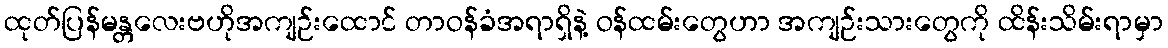
ထုတ်ပြန်မန္တလေးဗဟိုအကျဉ်းထောင် တာဝန်ခံအရာရှိနဲ့ ဝန်ထမ်းတွေဟာ အကျဉ်းသားတွေကို ထိန်းသိမ်းရာမှာ